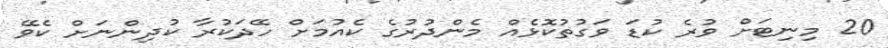
20 މިނިޓަށް ވުރެ ކުޑަ ވަގުތުކޮޅެއް މެންދުރުގެ ކެއުމަށް ހޭދަކުރާ ކުދިންނަށް ކެވޭ